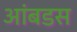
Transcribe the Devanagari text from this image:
आंबडस